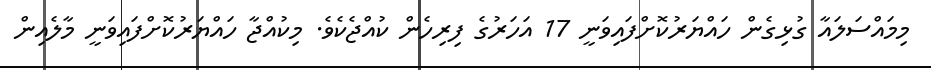
މިމައްސަލައާ ގުޅިގެން ހައްޔަރުކޮށްފައިވަނީ 17 އަހަރުގެ ފިރިހެން ކުއްޖެކެވެ. މިކުއްޖާ ހައްޔަރުކޮށްފައިވަނީ މާލެއިން